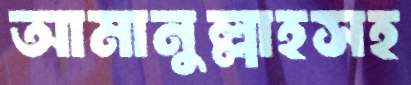
আমানুল্লাহসহ